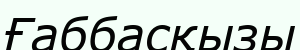
Ғаббасқызы